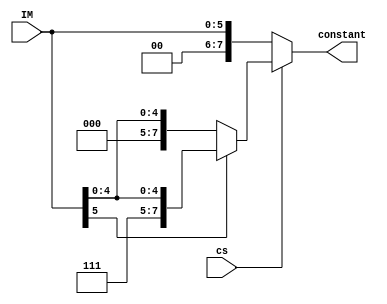
`timescale 1ns / 1ps
//////////////////////////////////////////////////////////////////////////////////
// Company: 
// Engineer: 
// 
// Design Name: library
// Module Name: 
// Project Name: project 1
// Target Devices: 
// Tool Versions: 
// Description: 
// 
// Dependencies: 
// 
// Revision:
// Revision 0.01 - File Created
// Additional Comments:
// https://electronics.stackexchange.com/questions/187513/efficient-way-of-setting-bits-in-verilog interesting link about assign in wire and always block for reg
//////////////////////////////////////////////////////////////////////////////////


module constant_unit( input      [5:0] IM,
                      input            cs,
                      output reg [7:0] constant );
    reg [1:0] zeroPad = 2'b00;
    reg [1:0] onesPad = 2'b11;
    always @* begin
        if (cs == 0) begin
            constant = {zeroPad,IM};//pad front with 2 zeros
        end else begin
            if(IM[5]==0) begin
                constant = {zeroPad,IM};//pad front with 2 ones if sign bit is negative
            end else begin
                constant = {onesPad,IM};//pad front with 2 ones if sign bit is negative
            end
        end
    end
                   
endmodule

module xor2(          input  a,
                      input  b,
                      output c );
    assign c=(a^b);
endmodule

module or2(           input  a,
                      input  b,
                      output c );
    assign c=(a|b);
endmodule

module and2(          input  a,
                      input  b,
                      output c );
    assign c=(a&b);
endmodule

module branch_addr( input  [7:0] PC,
                    input  [7:0] BUSB,
                    output reg [7:0] BrA);
    always @* begin
        BrA = PC + BUSB;
    end
endmodule 

module branch_inc(  input  [7:0] PC,
                    output reg [7:0] PC_1);
    always @* begin
        PC_1 = PC + 1;
    end
endmodule

module muxA(  input  [7:0] PC_1,
              input  [7:0] A_data,
              input  MA,
              output reg [7:0] BUSA);
    always @* begin
        if (MA == 0) begin
            BUSA = A_data;
        end else begin
            BUSA = PC_1;
        end
    end
endmodule

module muxB(  input  [7:0] constant,
              input  [7:0] B_data,
              input        MB,
              output reg [7:0] BUSB);
    always @* begin
        if (MB == 0) begin
            BUSB = B_data;
        end else begin
            BUSB = constant;
        end
    end
endmodule

module muxC(  input  [7:0] PC_1,
              input  [7:0] BrA,
              input  [7:0] RAA,
              input  [1:0] BS,
              input        PS, Z,
              output reg [7:0] PC);
    reg [1:0] MC = 2'b0;
    always @* begin
        MC[0] = ((PS^Z)|BS[1])&BS[0];
        MC[1] = BS[1];
        if (MC == 2'b00) begin
            PC = PC_1;
        end else if(MC == 2'b10) begin
            PC = RAA;
        end else begin
            PC = BrA;
        end
    end
endmodule

module muxD(  input  [7:0] mod_fn_unit,
              input  [7:0] data_out,
              input  [7:0] storeVal,
              input        flag,
              input  [1:0] MD,
              output reg [7:0] BUSD);
    always @* begin
        if (MD == 0) begin
            BUSD = mod_fn_unit;
        end else if(MD == 1) begin
            BUSD = data_out;
        end else if(MD == 2) begin
            BUSD = {7'b0,flag};
        end else begin
            BUSD = storeVal;
        end
    end
endmodule

module branchDetection(  input  [1:0]  BS_In,
                         input         RW_In,
                         input         MW_In,
                         input         PS_In,
                         input  [16:0] Inst_In,
                         output [16:0] BranchD_O,
                         output        BS_N);
    assign BranchD_O = 17'b00000000000000000;//nop
    assign BS_N = ~(BS_In[0]||BS_In[1]);
endmodule

module DHS_func(         input        MA,
                         input        MB,
                         input        RW,
                         input  [2:0] AA,
                         input  [2:0] BA,
                         input  [2:0] DA,
                         output       DHS_O,
                         output       DHS_I);
    wire HA, HB;
    assign HA = (DA==AA)&(~MA)&(RW)&(DA[0]||DA[1]||DA[2]);
    assign HB = (DA==BA)&(~MB)&(RW)&(DA[0]||DA[1]||DA[2]);
    assign DHS_O = (HA||HB);
    assign DHS_I = ~(HA||HB);
endmodule